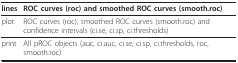
| lines | ROC curves (roc) and smoothed ROC curves (smooth.roc) |
 | --- | --- |
 | plot | ROC curves (roc), smoothed ROC curves (smooth.roc) and confidence intervals (ci.se, ci.sp, ci.thresholds) |
 | print | All pROC objects (auc, ci.auc, ci.se, ci.sp, ci.thresholds, roc, smooth.roc) |